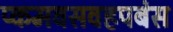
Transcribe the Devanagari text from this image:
प्कमवसवहपबंस